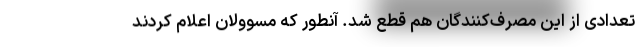
تعدادی از این مصرف‌کنندگان هم قطع شد. آنطور که مسوولان اعلام کردند